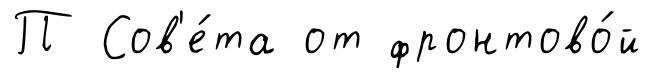
П Сов'е́та от фронтово́й